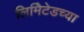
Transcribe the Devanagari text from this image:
लिमिेटेडच्या